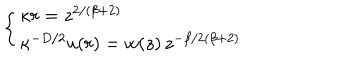
LaTeX: \left\{ \begin{array} { l } { { \kappa r = z ^ { 2 / ( \beta + 2 ) } } } \\ { { \nonumber \kappa ^ { - D / 2 } u ( r ) = w ( z ) \, z ^ { - \beta / 2 ( \beta + 2 ) } } } \\ \end{array} \right. \;